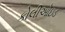
કોલીઓઇડ